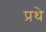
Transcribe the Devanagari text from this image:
प्रथे